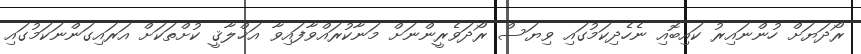
ރޯދަޔަށް ހުންނައިރު ކައިބޮއި ނެހެދިކަމުގައި ވިޔަސް ރޯދަވެރީންނަށް މަނާކުރައްވާފައިވާ އަޚްލާޤީ ކުށްތަކަށް އަރައިގަންނަކަމުގައި